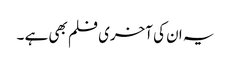
یہ ان کی آخری فلم بھی ہے ۔